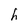
Character: h